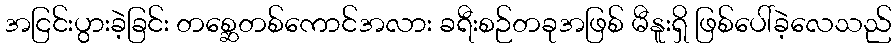
အငြင်းပွားခဲ့ခြင်း တစ္ဆေတစ်ကောင်အလား ခရီးစဉ်တခုအဖြစ် မီနူးရှိ ဖြစ်ပေါ်ခဲ့လေသည်